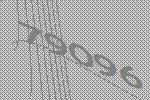
79096